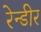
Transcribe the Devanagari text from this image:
रेन्डीर